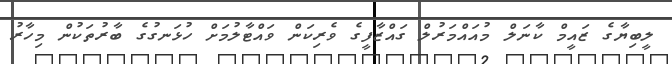
ލީބިޔާގެ ޒައީމް ކާނަލް މުއައްމަރުލް ގައްޒާފީގެ ވެރިކަން ވައްޓާލުމަށް ހުޅަނގުގެ ބާރުތަކުން މިހާރު